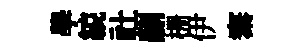
學綂社翮栅伊寨